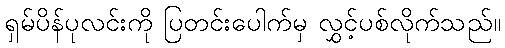
ရှမ်ပိန်ပုလင်းကို ပြတင်းပေါက်မှ လွှင့်ပစ်လိုက်သည်။